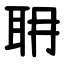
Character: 耼